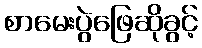
စာမေးပွဲဖြေဆိုခွင့်